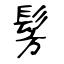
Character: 髣